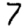
Digit: 7